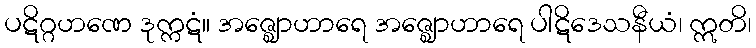
ပဋိဂ္ဂဟဏေ ဒုက္ကဋံ။ အဇ္ဈောဟာရေ အဇ္ဈောဟာရေ ပါဋိဒေသနီယံ၊ ဣတိ၊